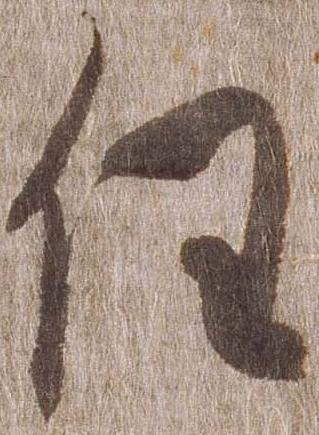
任